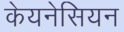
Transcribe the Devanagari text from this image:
केयनेसियन